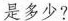
是多少?